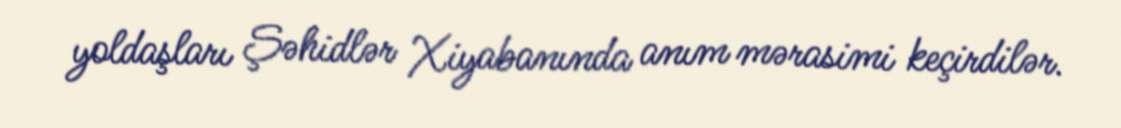
yoldaşları Şəhidlər Xiyabanında anım mərasimi keçirdilər.